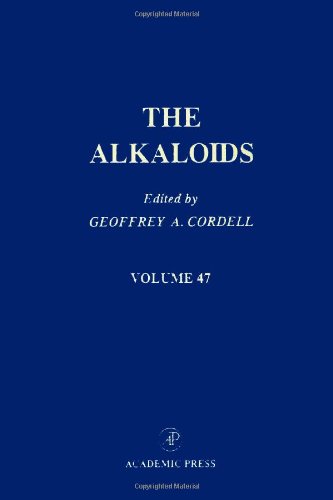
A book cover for The Alkaloids: Chemistry and Pharmacology, Vol. 47; Science & Math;